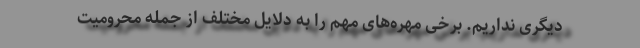
دیگری نداریم. برخی مهره‌های مهم را به دلایل مختلف از جمله محرومیت